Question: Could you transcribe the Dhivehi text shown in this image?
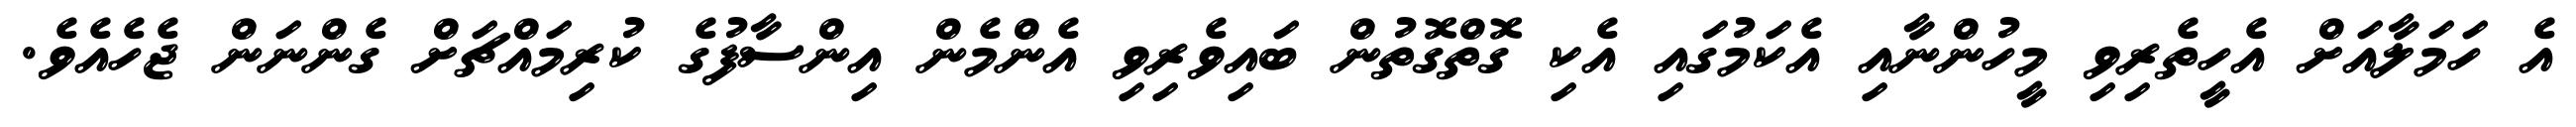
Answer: އެ ހަމަލާއަށް އެހީތެރިވި މީހުންނާއި އެކަމުގައި އެކި ގޮތްގޮތުން ބައިވެރިވި އެންމެން އިންސާފުގެ ކުރިމައްޗަށް ގެންނަން ޖެހެއެވެ.